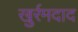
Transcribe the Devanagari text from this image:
खुर्रमदाद